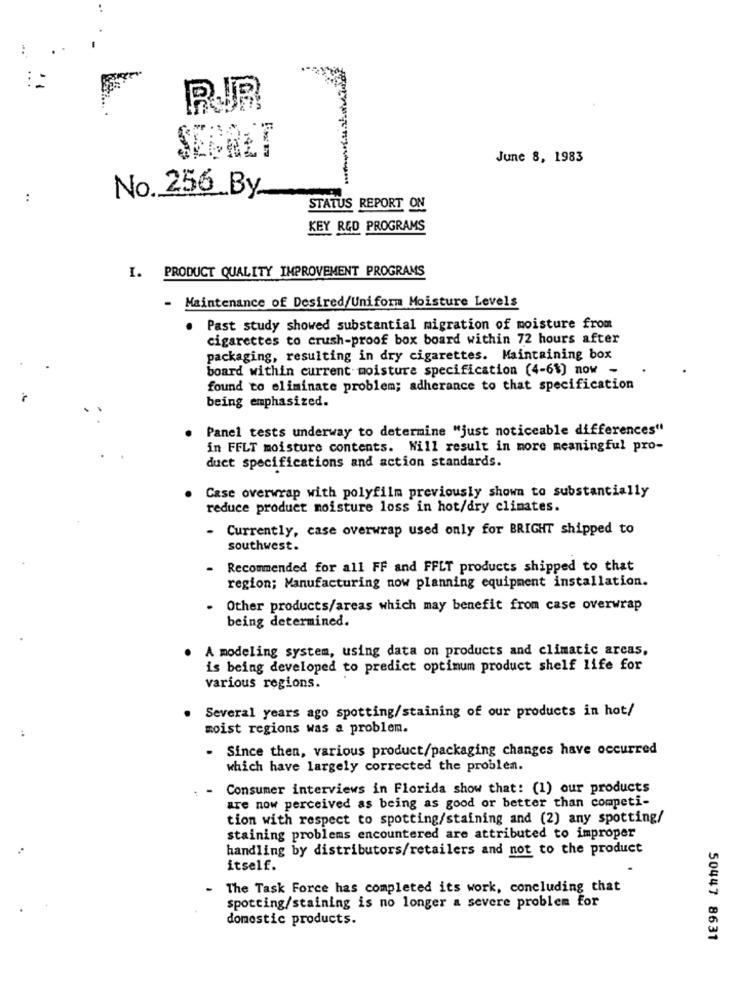
SECRET
June 8, 1983
..
No.256_By
STATUS REPORT ON
KEY RED PROGRAMS
I. PRODUCT QUALITY IMPROVEMENT PROGRAMS
- Maintenance of Desired/Uniform Moisture Levels
. Past study showed substantial migration of moisture from
cigarettes to crush-proof box board within 72 hours after
packaging, resulting in dry cigarettes. Maintaining box
board within current moisture specification (4-6%) now -
found to eliminate problem; adherance to that specification
being emphasized.
Panel tests underway to determine "just noticeable differences"
in FFLT moisture contents. Will result in more meaningful pro-
duct specifications and action standards.
Case overwrap with polyfilm previously shown to substantially
reduce product moisture loss in hot/dry climates.
Currently, case overwrap used only for BRIGHT shipped to
southwest.
Recommended for all FF and FFLT products shipped to that
region; Manufacturing now planning equipment installation.
Other products/areas which may benefit from case overwrap
being determined.
A modeling system, using data on products and climatic areas,
is being developed to predict optimum product shelf life for
various regions.
Several years ago spotting/staining of our products in hot/
moist regions was a problem.
.
Since then, various product/packaging changes have occurred
which have largely corrected the problem.
Consumer interviews in Florida show that: (1) our products
are now perceived as being as good or better than competi-
tion with respect to spotting/staining and (2) any spotting/
staining problems encountered are attributed to improper
handling by distributors/retailers and not to the product
itself.
The Task Force has completed its work, concluding that
spotting/staining is no longer a severe problem for
domestic products.
50447 8631